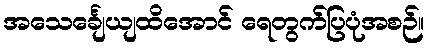
အသေင်္ချေယျထိအောင် ရေတွက်ပြပုံအစဉ်။